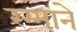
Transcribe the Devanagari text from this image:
रम्भाने